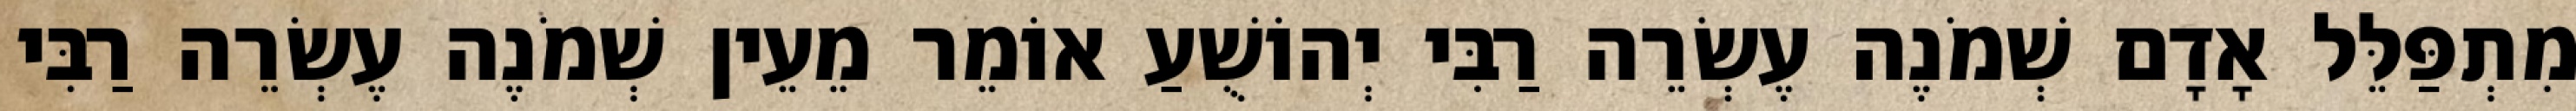
מִתְפַּלֵּל אָדָם שְׁמֹנֶה עֶשְׂרֵה רַבִּי יְהוֹשֻׁעַ אוֹמֵר מֵעֵין שְׁמֹנֶה עֶשְׂרֵה רַבִּי